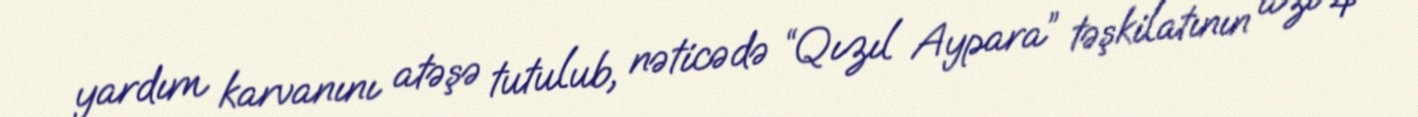
yardım karvanını atəşə tutulub, nəticədə “Qızıl Aypara” təşkilatının azı 4